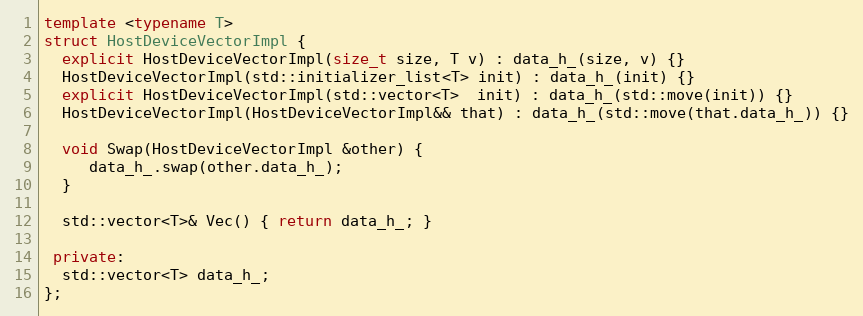
Language: C++
template <typename T>
struct HostDeviceVectorImpl {
  explicit HostDeviceVectorImpl(size_t size, T v) : data_h_(size, v) {}
  HostDeviceVectorImpl(std::initializer_list<T> init) : data_h_(init) {}
  explicit HostDeviceVectorImpl(std::vector<T>  init) : data_h_(std::move(init)) {}
  HostDeviceVectorImpl(HostDeviceVectorImpl&& that) : data_h_(std::move(that.data_h_)) {}

  void Swap(HostDeviceVectorImpl &other) {
     data_h_.swap(other.data_h_);
  }

  std::vector<T>& Vec() { return data_h_; }

 private:
  std::vector<T> data_h_;
};